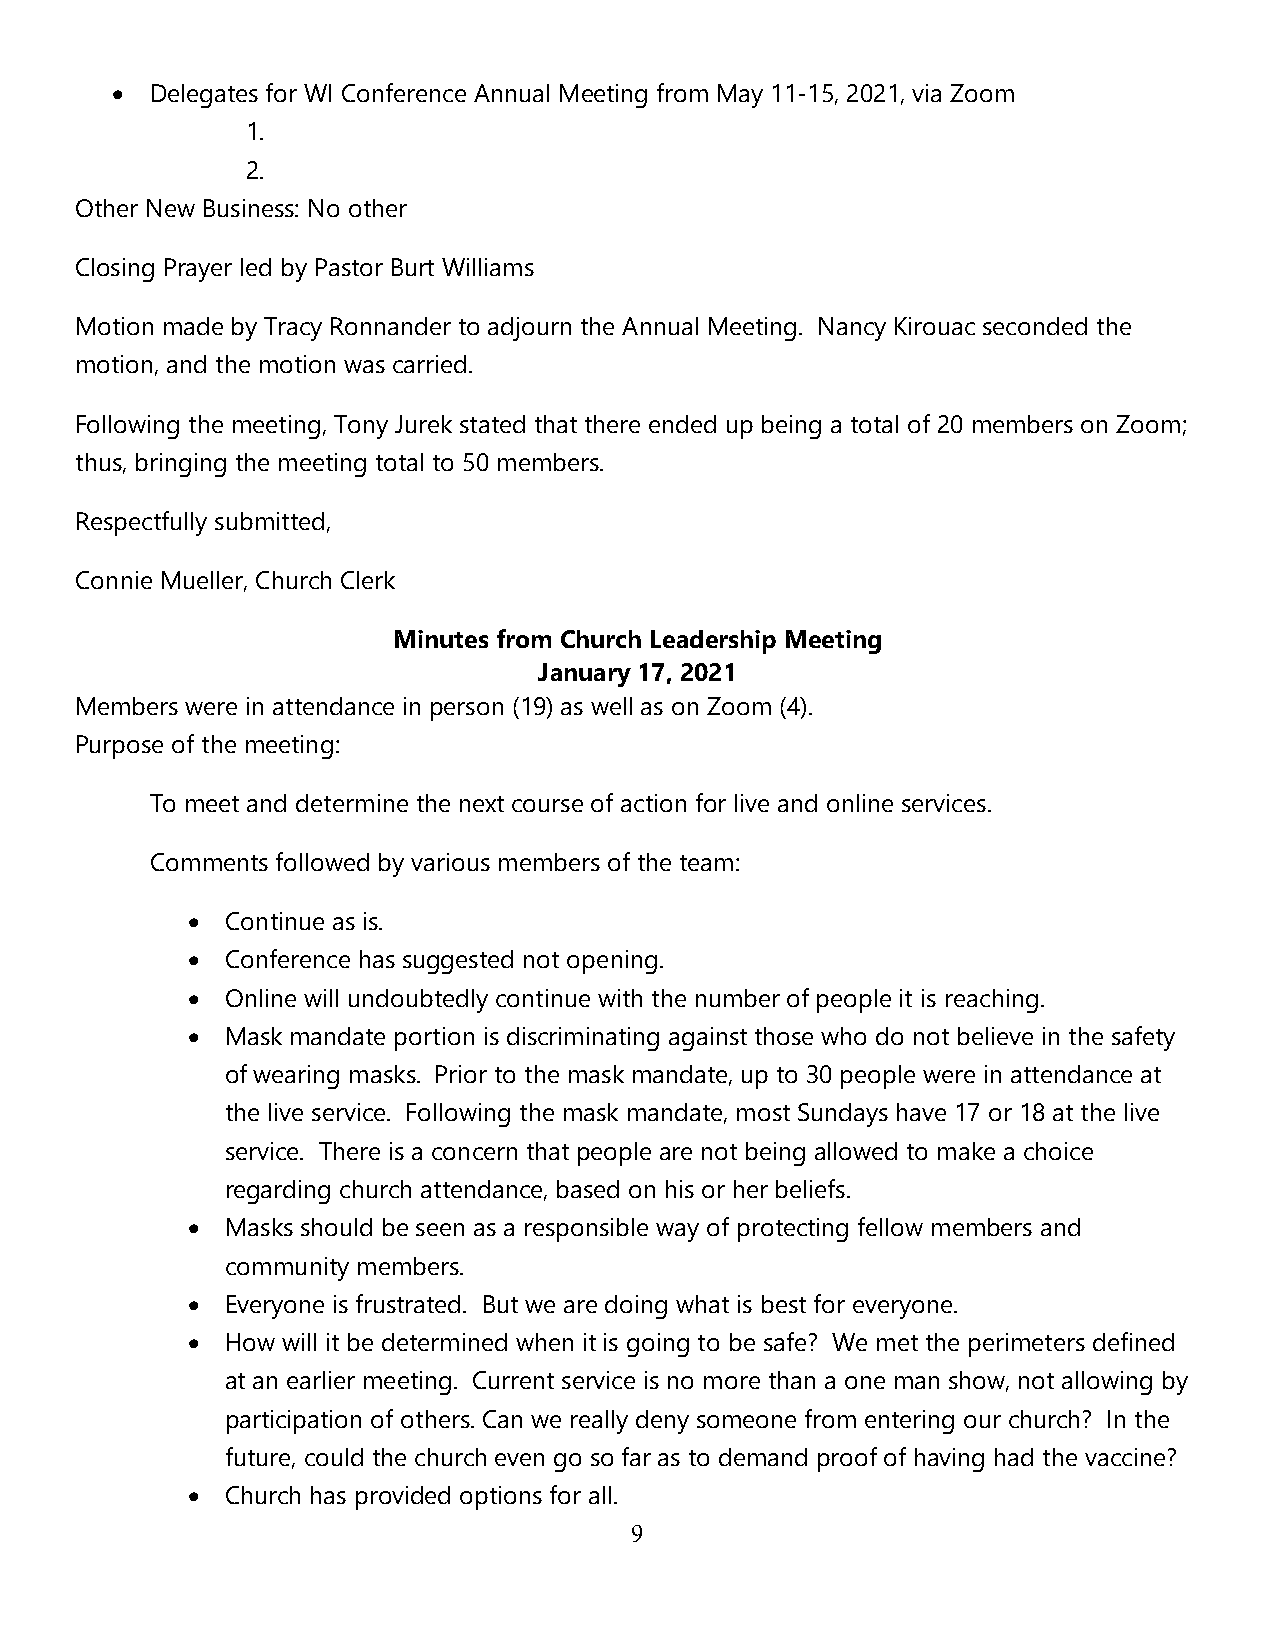
•  Delegates for WI Conference Annual Meeting from May 11-15, 2021, via Zoom
 1.
 2.
 Other New Business: No other
 Closing Prayer led by Pastor Burt Williams
 Motion made by Tracy Ronnander to adjourn the Annual Meeting. Nancy Kirouac seconded the
 motion, and the motion was carried.
 Following the meeting, Tony Jurek stated that there ended up being a total of 20 members on Zoom;
 thus, bringing the meeting total to 50 members.
 Respectfully submitted,
 Connie Mueller, Church Clerk
 Minutes from Church Leadership Meeting
 January 17, 2021
 Members were in attendance in person (19) as well as on Zoom (4).
 Purpose of the meeting:
 To meet and determine the next course of action for live and online services.
 Comments followed by various members of the team:
 •  Continue as is.
 •  Conference has suggested not opening.
 •  Online will undoubtedly continue with the number of people it is reaching.
 •  Mask mandate portion is discriminating against those who do not believe in the safety
 of wearing masks. Prior to the mask mandate, up to 30 people were in attendance at
 the live service. Following the mask mandate, most Sundays have 17 or 18 at the live
 service. There is a concern that people are not being allowed to make a choice
 regarding church attendance, based on his or her beliefs.
 •  Masks should be seen as a responsible way of protecting fellow members and
 community members.
 •  Everyone is frustrated. But we are doing what is best for everyone.
 •  How will it be determined when it is going to be safe? We met the perimeters defined
 at an earlier meeting. Current service is no more than a one man show, not allowing by
 participation of others. Can we really deny someone from entering our church? In the
 future, could the church even go so far as to demand proof of having had the vaccine?
 •  Church has provided options for all.
 9